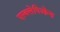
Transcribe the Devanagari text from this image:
एस्क्लेपिओन्स